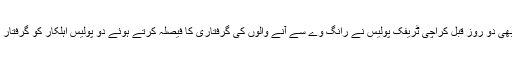
اس سے بھی دو روز قبل کراچی ٹریفک پولیس نے رانگ وے سے آنے والوں کی گرفتاری کا فیصلہ کرتے ہوئے دو پولیس اہلکار کو گرفتار کرلیا تھا۔